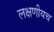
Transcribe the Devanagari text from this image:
लक्षणीयच